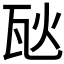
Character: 𪼸